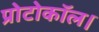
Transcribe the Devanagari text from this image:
प्रोटोकॉल।